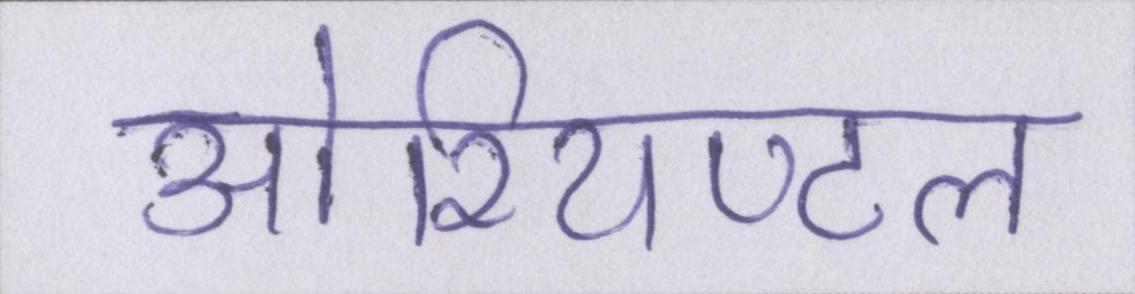
ओरियण्टल